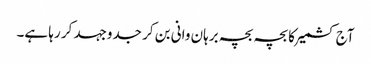
آج کشمیر کا بچہ بچہ برہان وانی بن کر جدوجہد کر رہا ہے۔